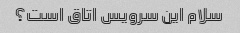
سلام این سرویس اتاق است؟